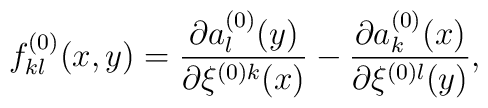
f^{(0)}_{kl} (x,y) = \frac{\partial a^{(0)}_l(y)}                         {\partial\xi^{(0)k}(x)} -                     \frac{\partial a^{(0)}_k(x)}{\partial \xi^{(0)l}(y)},